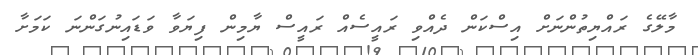
މާލޭގެ ރައްޔިތުންނަށް އިސްކަން ދެއްވި ރައީސެއް ރައީސް ޔާމިން ފިޔަވާ ވަޑައިނުގަންނަ ކަމަށާ